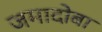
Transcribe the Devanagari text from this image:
जमादोबा